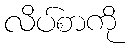
လိပ်စာကို